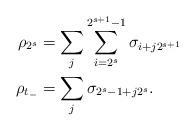
LaTeX: \begin{align*}\rho_{2^s} &= \sum_j \sum_{i=2^s}^{2^{s+1}-1} \sigma_{i+j2^{s+1}}\\\rho_{t_-} &= \sum_j \sigma_{2^s-1+j2^s}.\end{align*}